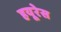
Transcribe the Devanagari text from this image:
हयूरेस